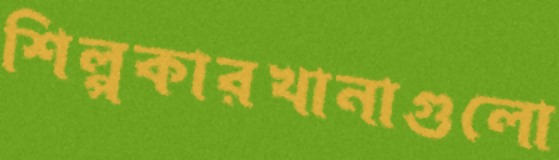
শিল্পকারখানাগুলো